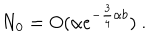
LaTeX: N _ { 0 } = O ( \alpha e ^ { - \frac { 3 } { 4 } \alpha b } ) \ .